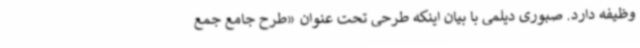
وظیفه دارد. صبوری دیلمی با بیان اینکه طرحی تحت عنوان «طرح جامع جمع